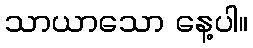
သာယာသော နေ့ပါ။